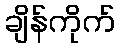
ချိန်ကိုက်